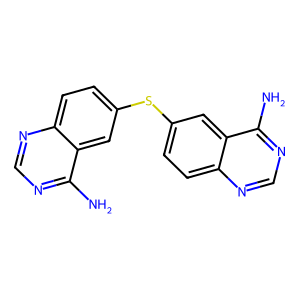
SMILES: Nc1ncnc2ccc(Sc3ccc4ncnc(N)c4c3)cc12
Inhibits HIV replication: No